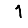
Digit: 1